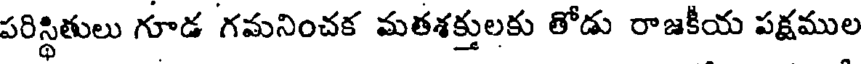
పరిస్థితులు గూడ గమనించక మతశక్తులకు తోడు రాజకీయ పక్షముల